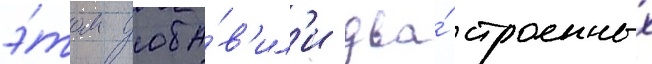
э́том доба́в'ил'и два́ строенных